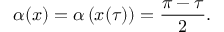
\alpha ( x ) = \alpha \left( { x ( \tau ) } \right) = \frac { \pi - \tau } { 2 } .